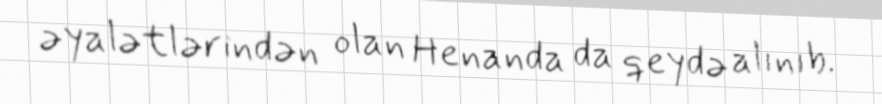
əyalətlərindən olan Henanda da qeydə alınıb.